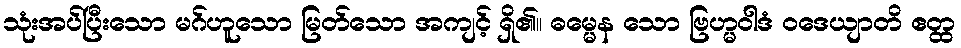
သုံးအပ်ပြီးသော မဂ်ဟူသော မြတ်သော အကျင့် ရှိ၏။ ဓမ္မေန သော ဗြဟ္မဝါဒံ ဝဒေယျာတိ ဧတ္ထ